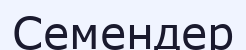
Семендер